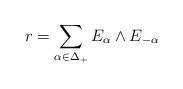
LaTeX: \begin{align*}r=\sum_{\alpha\in\Delta_+}E_{\alpha}\wedge E_{-\alpha}\end{align*}